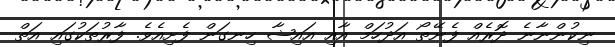
ނިކުންނާނެ ދޮރެއް ފެނޭތޯ އަދުހަމް އާއި އައިޝާ ހިނގަން ފެށިއެވެ. ފާރުތަކުގައި އަތް